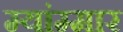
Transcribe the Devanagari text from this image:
म्यांम्मार